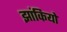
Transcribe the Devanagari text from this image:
झांकियो